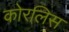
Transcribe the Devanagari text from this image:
कोरलिस